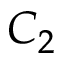
C _ { 2 }